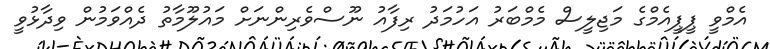
އެމްވީ ޕީޕީއެމްގެ މަޖިލީސް މެމްބަރު އަހުމަދު ރިފާއު ނޫސްވެރިންނަށް މައުލޫމާތު ދެއްވަމުން ވިދާޅުވީ